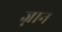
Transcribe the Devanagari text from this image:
ज्नान